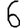
Digit: 6